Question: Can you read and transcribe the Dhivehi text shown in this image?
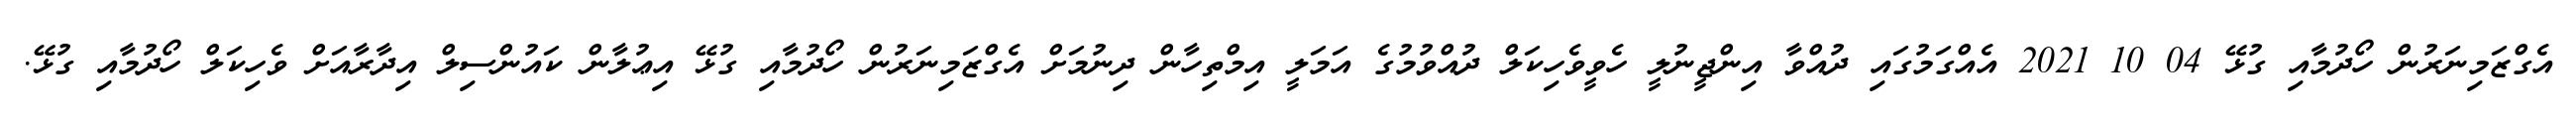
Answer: އެގްޒަމިނަރުން ހޯދުމާއި ގުޅޭ 04 10 2021 އެއްގަމުގައި ދުއްވާ އިންޖީނުލީ ހެވީވެހިކަލް ދުއްވުމުގެ އަމަލީ އިމްތިހާން ދިނުމަށް އެގްޒަމިނަރުން ހޯދުމާއި ގުޅޭ އިޢުލާން ކައުންސިލް އިދާރާއަށް ވެހިކަލް ހޯދުމާއި ގުޅޭ.